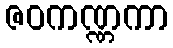
ဇဝကဏ္ဏကာ